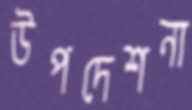
উপদেশনা